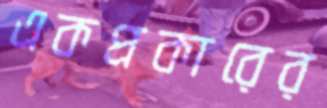
একপ্রকারের